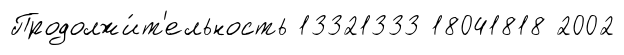
Продолжи́т'ельность 13321333 18041818 2002